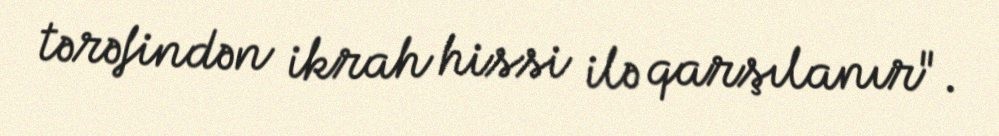
tərəfindən ikrah hissi ilə qarşılanır".